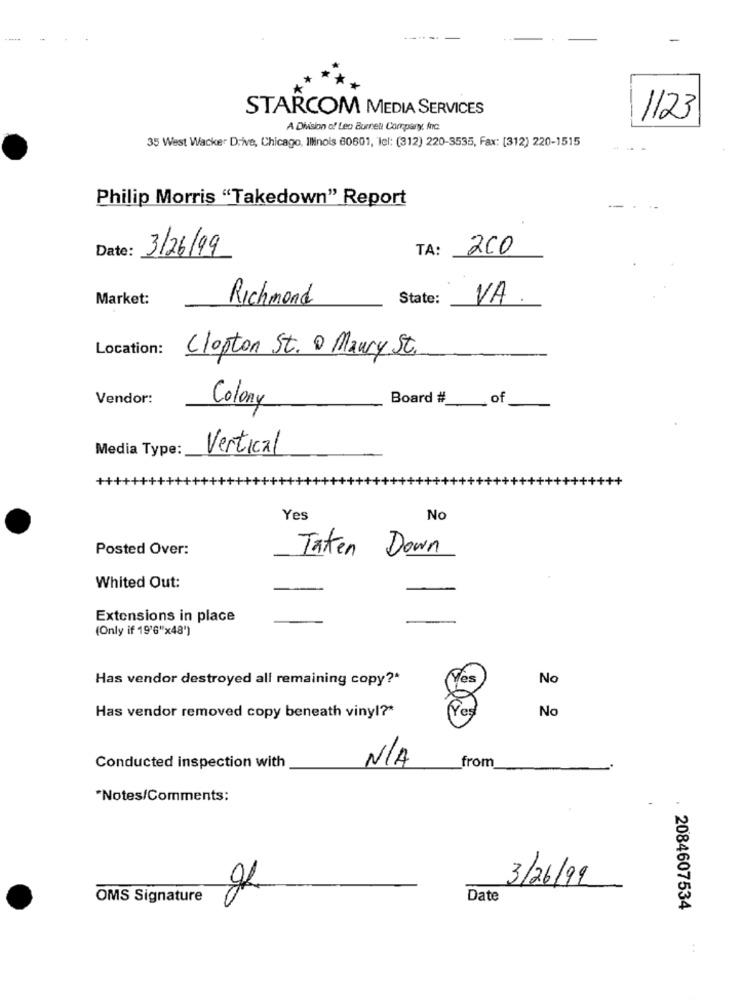
STARCOM MEDIA SERVICES
1123
A Division of Leo Burnett Company, Anc
35 West Wacker Drive, Chicago, Illinois 60601, lel: (312) 220-3535, Fax: [312) 220-1515
Philip Morris "Takedown" Report
Date:
3/26/99
TA:
200
Market:
Richmond
State:
VA
Location:
Clapton St. @ Maury St.
Vendor:
Colony
Board #
of
Media Type:
Vertical
Yes
No
Posted Over:
Taken Down
Whited Out:
Extensions in place
(Only if 19'6"x48')
Has vendor destroyed all remaining copy ?*
Nes
No
Na
Has vendor removed copy beneath vinyl ?*
from
Conducted inspection with
*Notes/Comments:
3/26/99
OMS Signature
Date
2084607534
1: